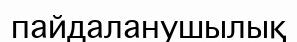
пайдаланушылық